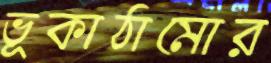
ভূকাঠামোর